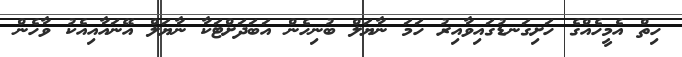
ހިތް އެމީހެއްގެ ހަށިގަނޑުގައިވާއިރު ހަމަ ނާޔަލް ބުނިހެން އަބަދަށްޓަކާ ނާޔަލް އޭނައާއިއެކު ވާހެން